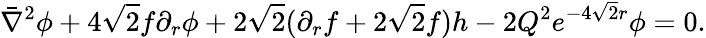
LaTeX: \bar{\nabla}^{2}\phi+4\sqrt 2f\partial_{r}\phi+2\sqrt 2(\partial_{r}f+2\sqrt 2f)h-2Q^{2}e^{-4\sqrt 2r}\phi=0.